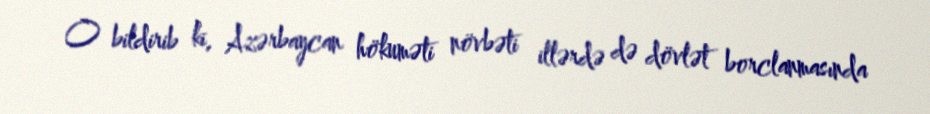
O bildirib ki, Azərbaycan hökuməti növbəti illərdə də dövlət borclanmasında